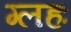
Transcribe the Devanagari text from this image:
ग्लहः